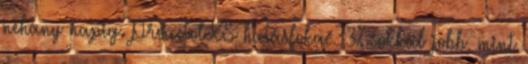
néhány napig. Proactol XS hatásfoka 33% sokkal jobb, mint